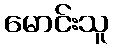
မောင်းသူ